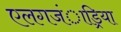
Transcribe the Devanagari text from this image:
एलगजंाड्रिया